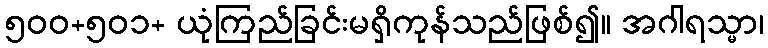
၅၀၀+၅၀၁+ ယုံကြည်ခြင်းမရှိကုန်သည်ဖြစ်၍။ အဂါရသ္မာ၊